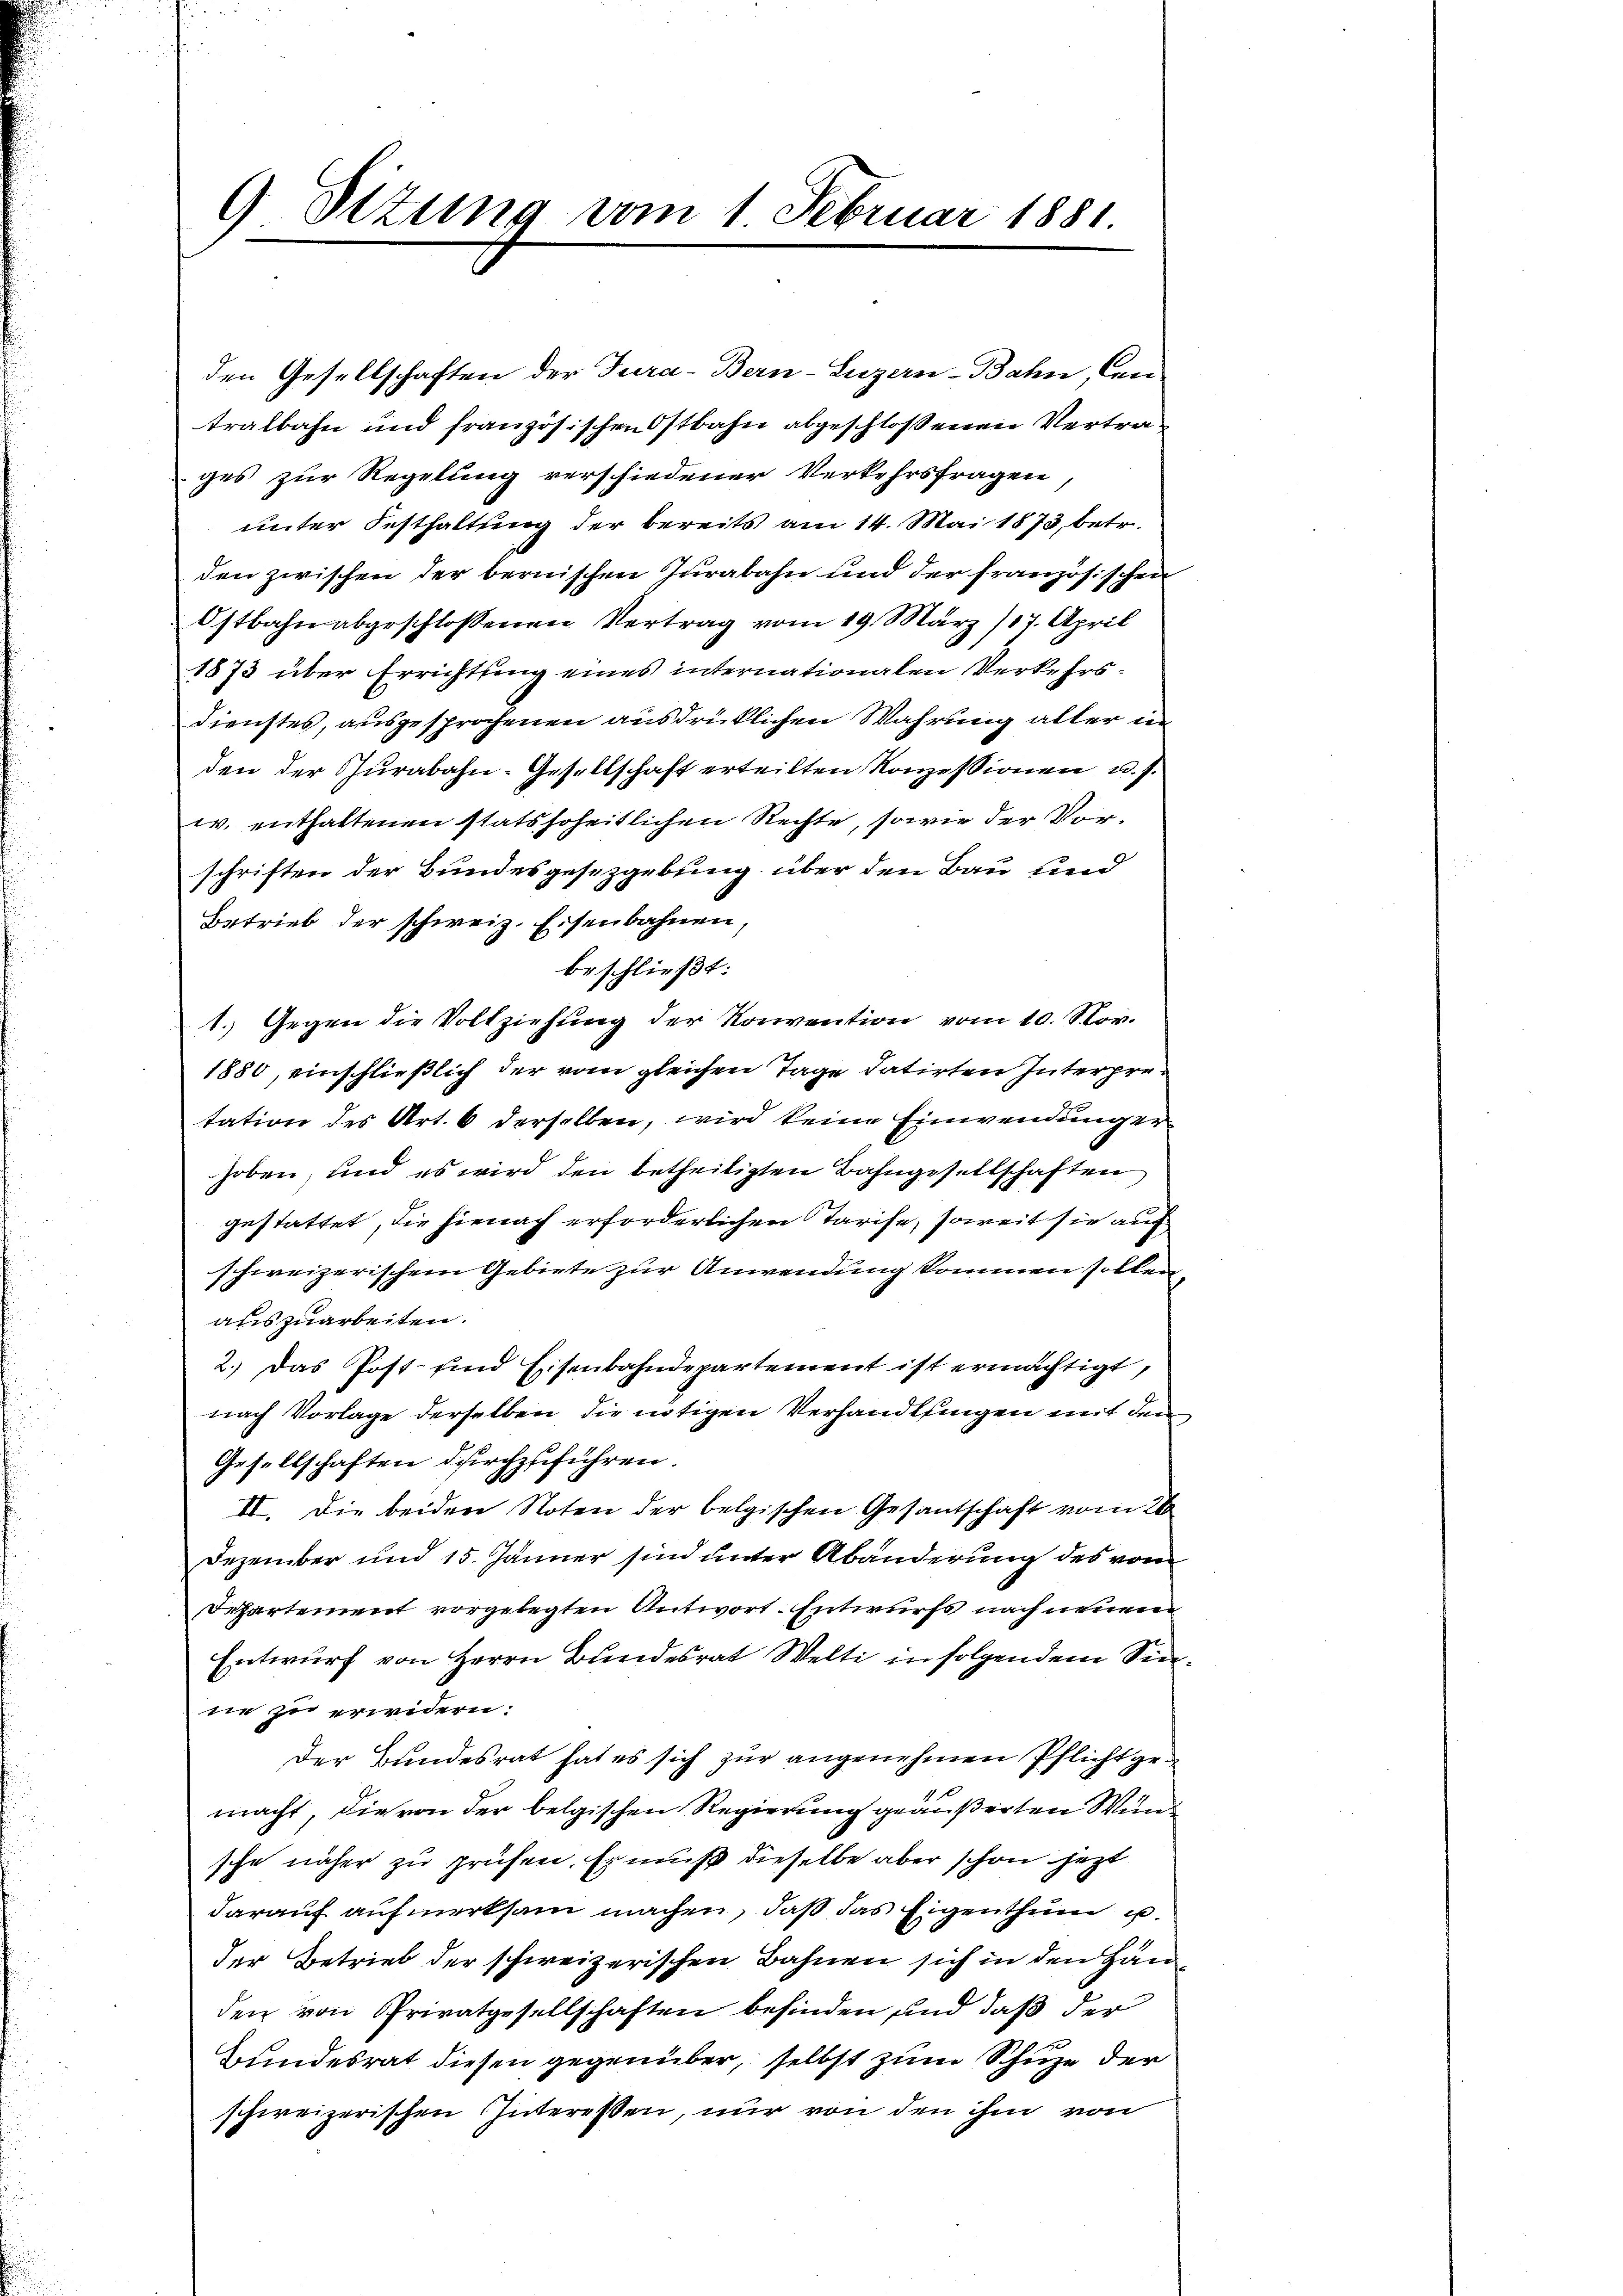
9 Sizung vom 1 Februar 1881.

den Gesellschaften der Tura-Bern-Luzern-Bahn, Can
tralbahn und französischen Ostbahn abgeschlossenen Vertrages zur Regelung verschiedener Verkehrsfragen,
unter Festhaltung der bereits am 14. Mai 1873, betr.
den zwischen der bernischen Jurabahn und der französischen
Ostbahn abgeschlossenen Vertrag vom 19. März 187. April
1873 über Errichtung eines internationalen Verkehrs¬
Dienstes, ausgesprochenen ausdrücklichen Wahrung aller in
den der Gurabahn-Gesellschaft erteilten Konzessionen u. s.
w. enthaltenen stats hoheitlichen Rechte, sowie der Vorschriften der Bundesgesezgebung über den Bau und
Betrieb der schweiz. Eisenbahnen,
beschließt:
1.) Gegen die Vollziehung der Konvention vom 10. Nov.
1880, einschließlich der vom gleichen Tage datirten Interpretation des Art. 6 derselben, wird keine Einwendung erhoben, und es wird den betheiligten Bahngesellschaften
gestattet, die hienach erforderlichen Tarife, soweit sie auf
schweizerischem Gebiete zur Anwendung kommen sollen,
auszuarbeiten.
2.) Das Post- und Eisenbahndepartement ist ermächtigt,
nach Vorlage derselben die nötigen Verhandlungen mit den
Gesellschaften durchzuführen.
II. Die beiden Noten der belgischen Gesantschaft vom 26
Dezember und 15. Jänner sind unter Abänderung des vom
Departement vorgelegten Antwort. Entwurfs nach neuem
Entwurf von Herrn Bundesrat Welti in folgendem Sin
ne zu erwidern:
Der Bundesrat hat es sich zur angenehmen Pflicht gemacht, die von der belgischen Regierung geäußerten Wund
sche näher zu prüfen. Er muß dieselbe aber schon jetzt
darauf aufmerksam machen, daß das Eigenthum u
der Betrieb der schweizerischen Bahnen sich in den Han
den von Privatgesellschaften befinden und daß der
Bundesrat diesen gegenüber, selbst zum Schuze der
schweizerischen Interessen, nur von den ihm von